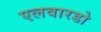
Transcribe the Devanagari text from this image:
एलवारडो